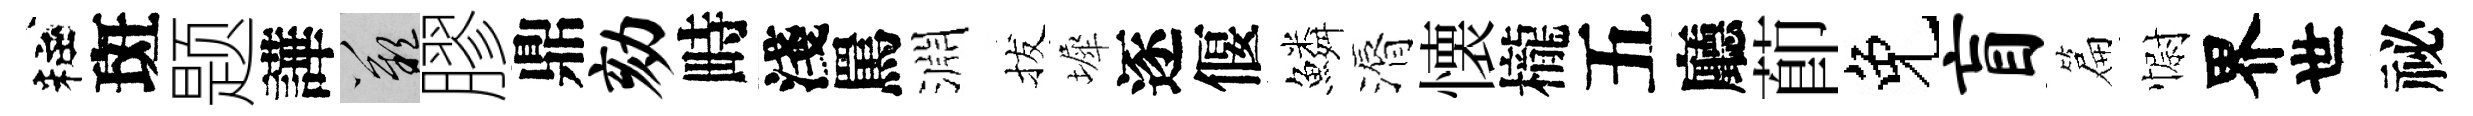
粧斑题譁嘆膠鼎劾畤淺罵淵拔墀逐偃鱗漘懐櫳五廳莭免盲篇𢠢界世祕